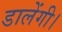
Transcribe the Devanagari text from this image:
डालेंगी।